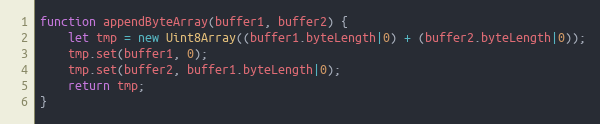
Language: JavaScript
function appendByteArray(buffer1, buffer2) {
    let tmp = new Uint8Array((buffer1.byteLength|0) + (buffer2.byteLength|0));
    tmp.set(buffer1, 0);
    tmp.set(buffer2, buffer1.byteLength|0);
    return tmp;
}